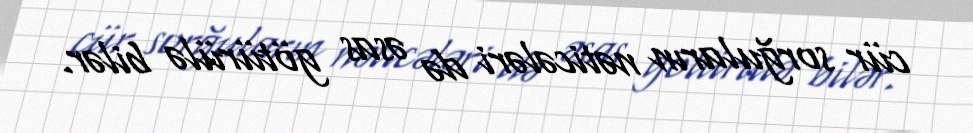
cür sorğuların nəticələri də əsas götürülə bilər.